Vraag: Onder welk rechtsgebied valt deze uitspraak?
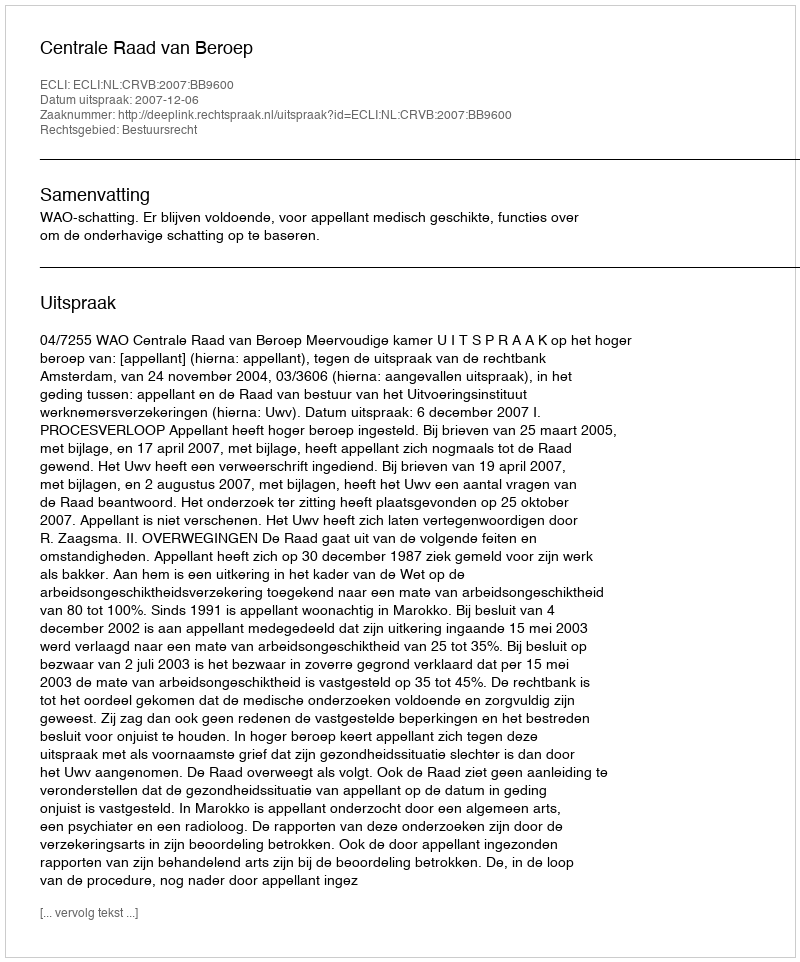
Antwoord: Bestuursrecht